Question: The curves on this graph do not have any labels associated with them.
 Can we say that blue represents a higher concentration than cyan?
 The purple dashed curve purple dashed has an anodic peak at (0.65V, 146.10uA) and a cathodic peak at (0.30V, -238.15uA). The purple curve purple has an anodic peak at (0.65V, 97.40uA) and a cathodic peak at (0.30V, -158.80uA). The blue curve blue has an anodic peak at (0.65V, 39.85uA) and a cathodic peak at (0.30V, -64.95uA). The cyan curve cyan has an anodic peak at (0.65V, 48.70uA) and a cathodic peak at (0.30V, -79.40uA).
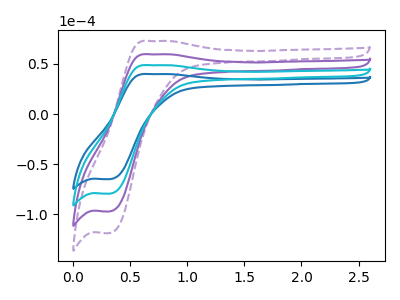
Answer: <think>All the peaks in "blue" have a peak in "cyan" at the same potential. Every peak in "blue" is lower than every peak in "cyan".
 </think>
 <answer>"blue" has less signal than "cyan" and so likely has a lower concentration.</answer>
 <eval>less_concentration</eval>